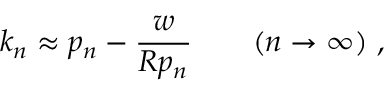
k _ { n } \approx p _ { n } - \frac { w } { R p _ { n } } \qquad ( n \to \infty ) \ ,